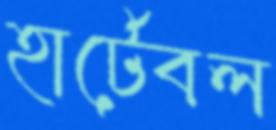
হার্টেবল